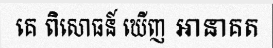
គេ ពិសោធន៍ ឃើញ អានាគត